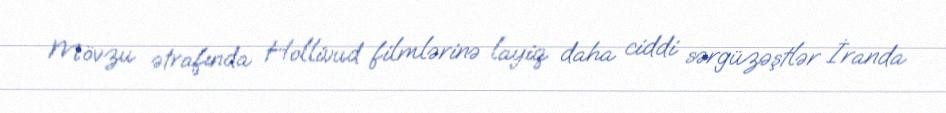
Mövzu ətrafında Hollivud filmlərinə layiq daha ciddi sərgüzəştlər İranda